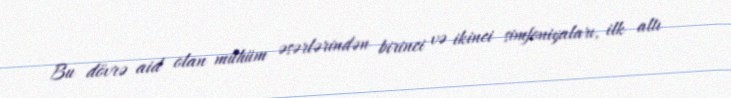
Bu dövrə aid olan mühüm əsərlərindən birinci və ikinci simfoniyaları, ilk altı